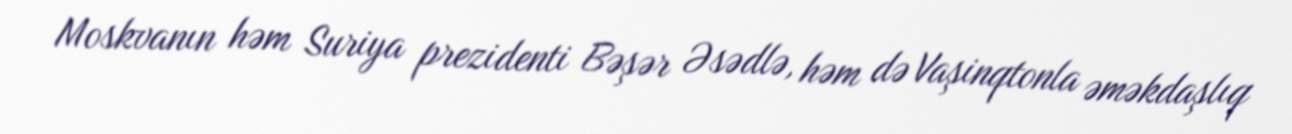
Moskvanın həm Suriya prezidenti Bəşər Əsədlə, həm də Vaşinqtonla əməkdaşlıq